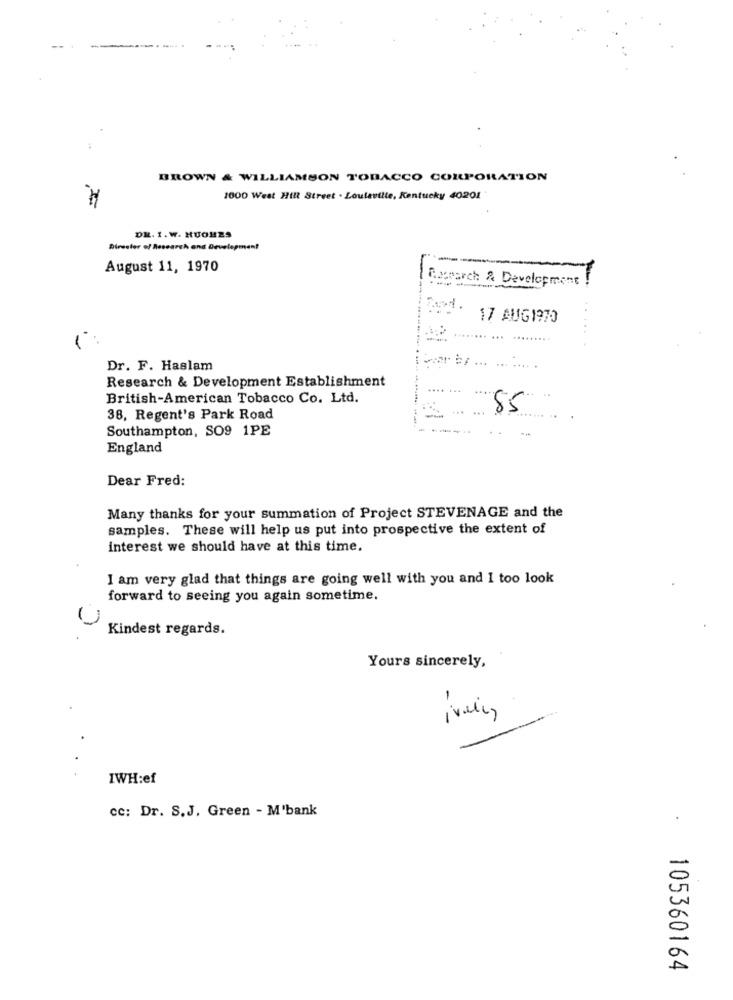
--
BROWN & WILLIAMSON TOBACCO CORPORATION
1000 West Hill Street . Loulaville, Kentucky 40201
DE. 1. W. HUGHES
Director of Research and Development
---
August 11, 1970
R.search & Development
17 AUG1970
......
.... .........
Dr. F. Haslam
.... .
Research & Development Establishment
British-American Tobacco Co. Ltd.
85
38, Regent's Park Road
Southampton, SO9 1PE
England
Dear Fred:
Many thanks for your summation of Project STEVENAGE and the
samples. These will help us put into prospective the extent of
interest we should have at this time.
I am very glad that things are going well with you and I too look
forward to seeing you again sometime.
Kindest regards.
Yours sincerely,
- -
IWH:ef
cc: Dr. S.J. Green - M'bank
105360164